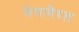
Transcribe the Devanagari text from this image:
मेगाबैरल